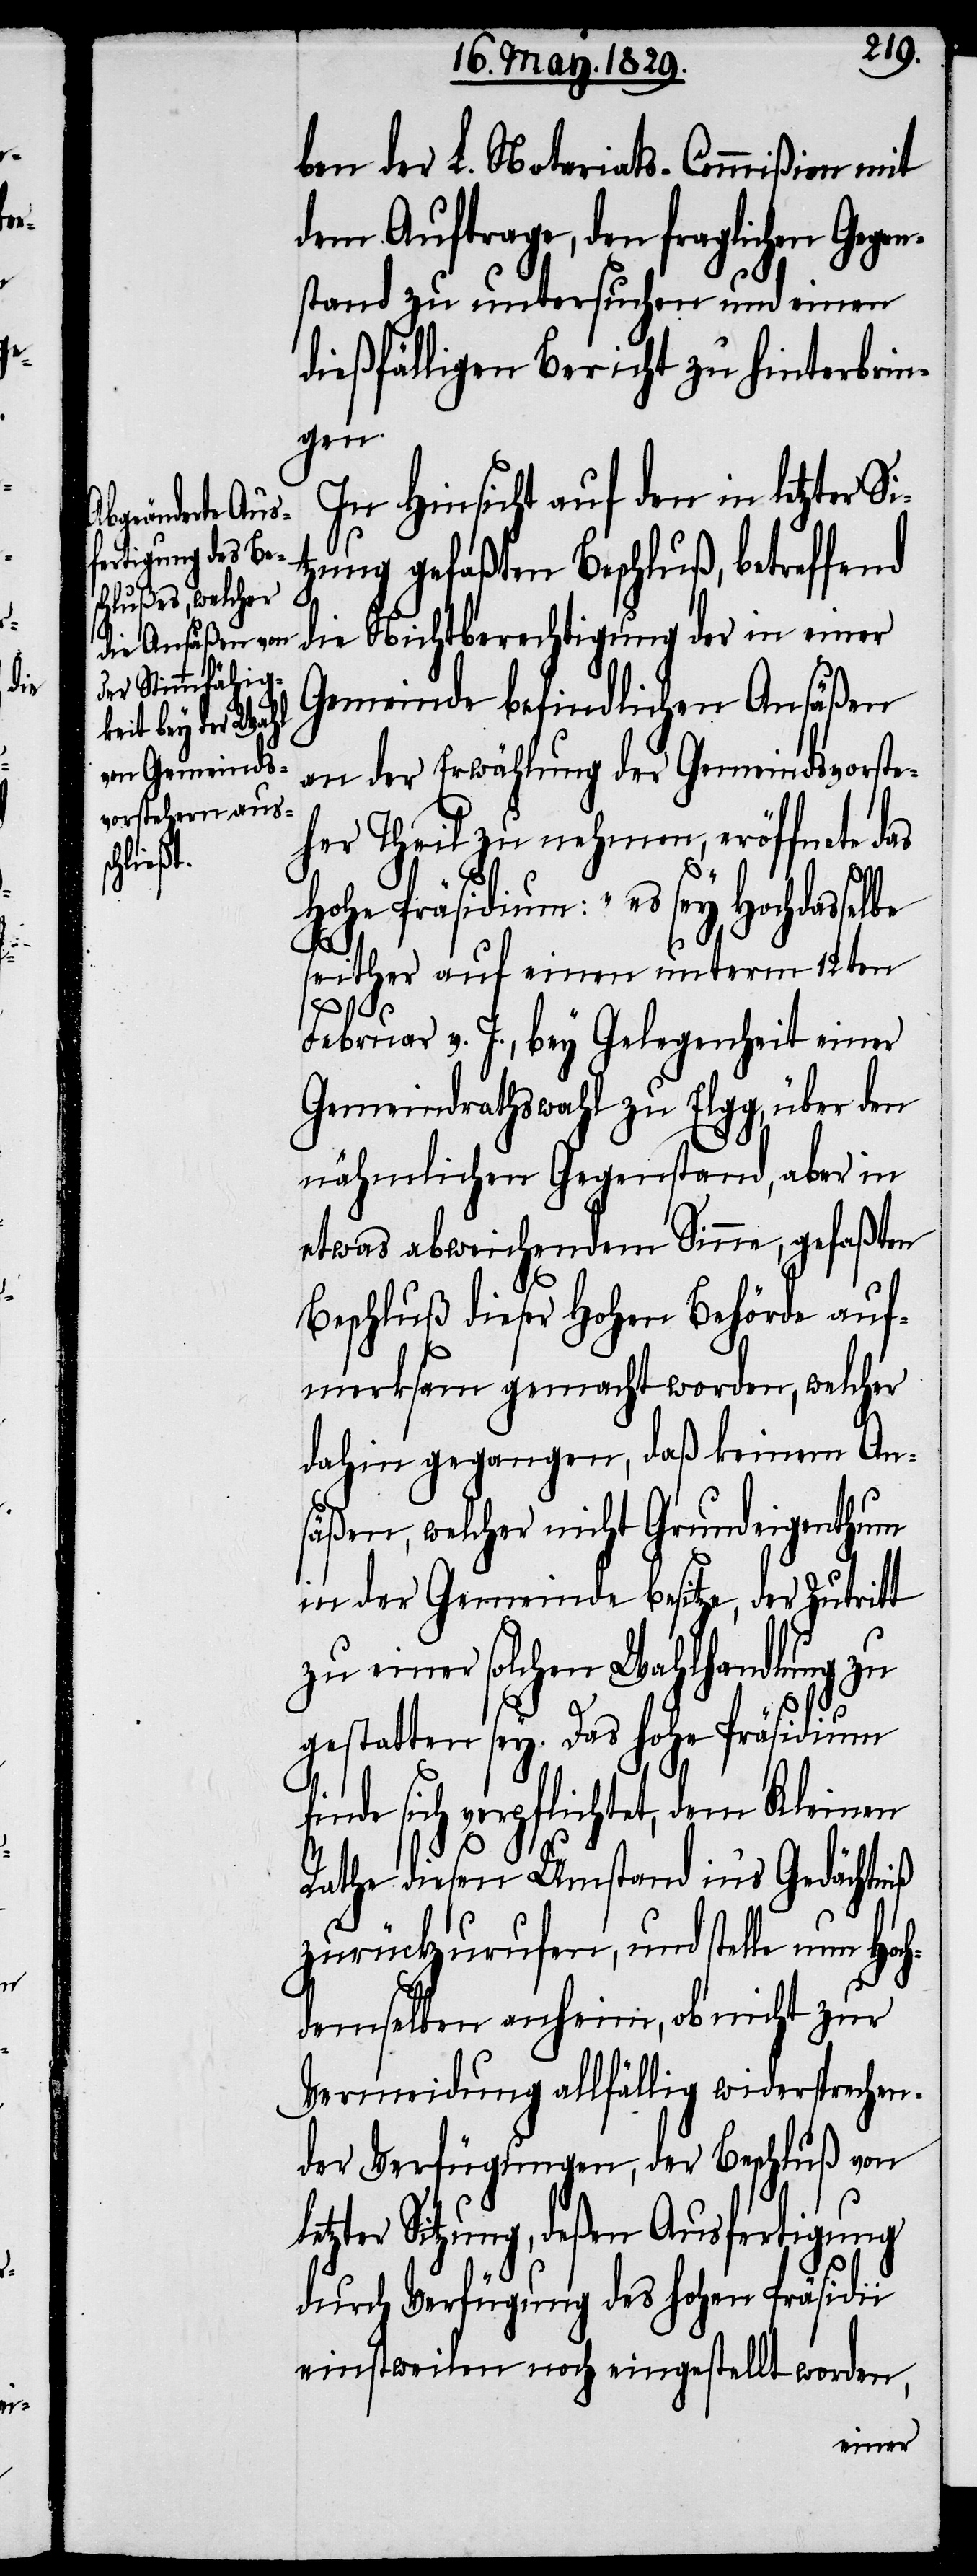
be

ben der L. Notariats-Commißion mit
dem Auftrage, den fraglichen Ge¬
stand zu untersuchen und einen
dießfälligen Bericht zu hinterbrin¬
le¬
In Hinsicht auf den in letzter S¬
itzung gefaßten Beschluß, betreffend
die Nichtberechtigung der in einer
Gemeinde befindlichen Ansäßen
an der Erwählung der Gemeindsvorste¬
her Theil zu nehmen, eröffnet das
Hohe Präsidium: „es sey Hochdassel¬
seither auf einen unterm 12ten
Februar v. J., bey Gelegenheit einer
Gemeindrathswahl zu Elgg, über den
nähmlichen Gegenstand, aber in
etwas abweichendem Sinne, gefaßten
Beschluß dieser Hohen Behörde auf¬
merksam gemacht worden, welcher
dahin gegangen, daß keinem An¬
säßen, welcher nicht Grundeigenthum
in der Gemeinde besitze, der Zutritt
zu einer solchen Wahlverhandlung
gestatten sey. Das hohe Präsidium
sich verpflichtet, dem Kleinen
Rathe diesen Umstand in’s Gedächtniß
zurückzurufen, und stelle nun Ho¬
chdemselben anheim, ob nicht zur
Vermeidung allfällig widersprechen¬
der Verfügungen, der Beschluß von
tzter Sitzung, deßen Ausfertigung
durch Verfügung des hohen Präsidii
einstweilen noch eingestellt worden,